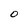
Character: O